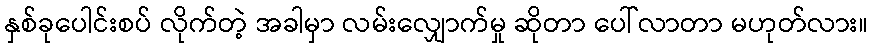
နှစ်ခုပေါင်းစပ် လိုက်တဲ့ အခါမှာ လမ်းလျှောက်မှု ဆိုတာ ပေါ်လာတာ မဟုတ်လား။